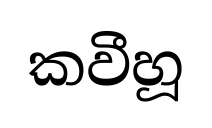
කවීහූ